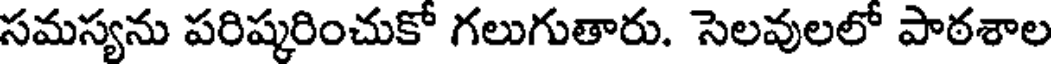
సమస్యను పరిష్కరించుకో గలుగుతారు. సెలవులలో పాఠశాల